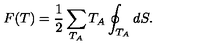
F ( T ) = \frac 1 2 \sum _ { T _ { A } } T _ { A } \oint _ { T _ { A } } d S .